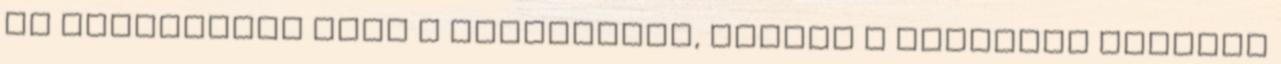
is különleges volt a rendezvény, hiszen A Szentesi Kinizsi